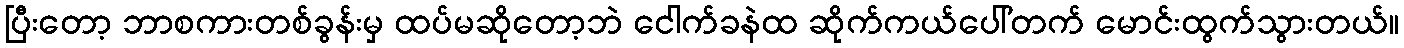
ပြီးတော့ ဘာစကားတစ်ခွန်းမှ ထပ်မဆိုတော့ဘဲ ငေါက်ခနဲထ ဆိုက်ကယ်ပေါ်တက် မောင်းထွက်သွားတယ်။